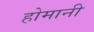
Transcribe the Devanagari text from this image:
होमानी